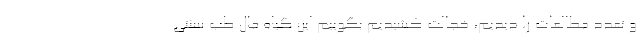
و تعدد مطالعات را دیدیم، خجالت کشیدیم بگوییم این گیاه مال طب سنتی